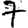
Digit: 7